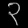
Digit: ၃